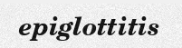
epiglottitis